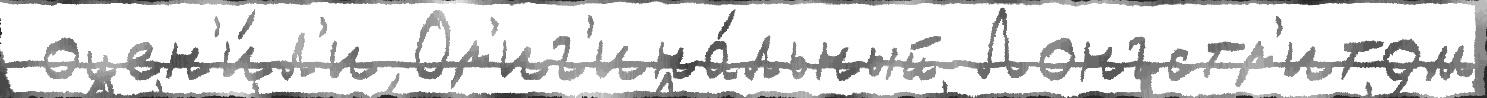
 оцен'и́л'и Ор'иг'ина́льный Лонгстр'итом